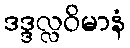
ဒဒ္ဒလ္လဝိမာနံ